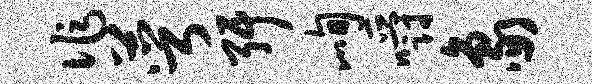
作萼弭峋嚼象